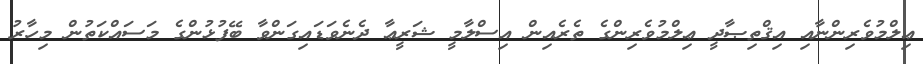
ޢިލްމުވެރިންނާއި އިޤްތިޞާދީ ޢިލްމުވެރިންގެ ތެރެއިން އިސްލާމީ ޝަރީޢާ ދެނެވަޑައިގަންވާ ބޭފުޅުންގެ މަސައްކަތުން މިހާރު